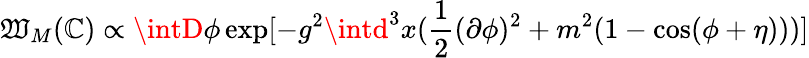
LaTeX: \mathfrak{W}_{M}(\mathbb{C})\propto\intD\phi\exp[-g^{2}\intd^{3}x(\frac{{1}}{{2}}(\partial\phi)^{2}+m^{2}(1-\cos(\phi+\eta)))]